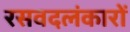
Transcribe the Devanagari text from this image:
रसवदलंकारों